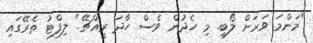
"މަންމަ ވަރަށް ލޯބި. މި ހެދުން ވެސް ހާދަ ރީއްޗޭ." ލިފްޓު ތެރޭގައި